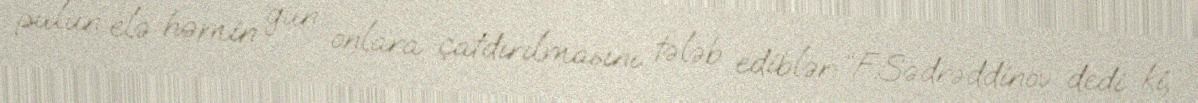
pulun elə həmin gün onlara çatdırılmasını tələb ediblər: “F.Sədrəddinov dedi ki,